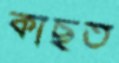
কাছত